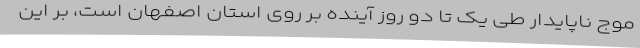
موج ناپایدار طی یک تا دو روز آینده بر روی استان اصفهان است، بر این